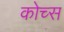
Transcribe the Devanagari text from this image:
कोच्स